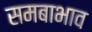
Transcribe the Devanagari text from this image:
समबाभाव